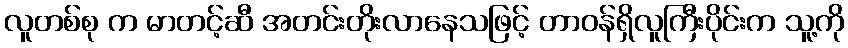
လူတစ်စု က မာတင့်ဆီ အတင်းတိုးလာနေသဖြင့် တာဝန်ရှိလူကြီးပိုင်းက သူ့ကို